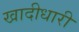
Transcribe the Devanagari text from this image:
खादीधारी